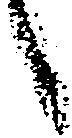
候